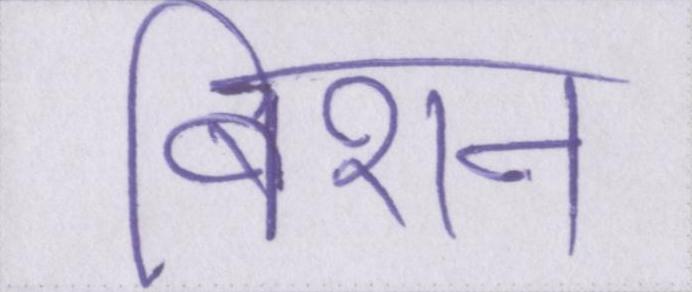
बिशन